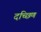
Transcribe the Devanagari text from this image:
दच्छिण